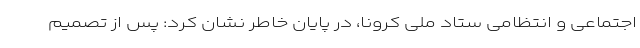
اجتماعی و انتظامی ستاد ملی کرونا، در پایان خاطر نشان کرد: پس از تصمیم